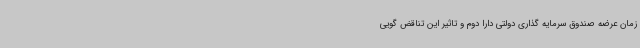
زمان عرضه صندوق سرمایه گذاری دولتی دارا دوم و تاثیر این تناقض گویی